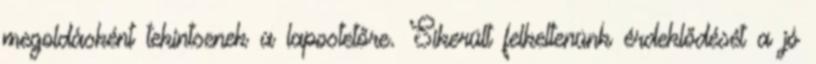
megoldásként tekintsenek a lapostetőre. Sikerült felkeltenünk érdeklődését a jó